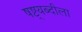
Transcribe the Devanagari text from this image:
षष्ट्यब्दीला